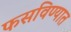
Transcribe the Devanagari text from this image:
फसविण्यात